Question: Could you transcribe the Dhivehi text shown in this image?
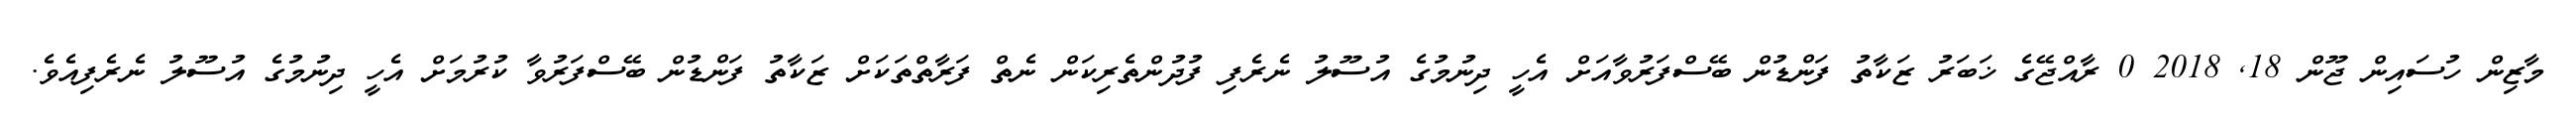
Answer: މާޒިން ހުސައިން ޖޫން 18, 2018 0 ރާއްޖޭގެ ޚަބަރު ޒަކާތު ފަންޑުން ބޭސްފަރުވާއަށް އެހީ ދިނުމުގެ އުސޫލު ނެރެފި ފުދުންތެރިކަން ނެތް ފަރާތްތަކަށް ޒަކާތު ފަންޑުން ބޭސްފަރުވާ ކުރުމަށް އެހީ ދިނުމުގެ އުސޫލު ނެރެފިއެވެ.